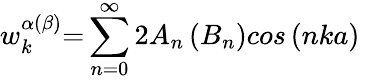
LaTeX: w_{k}^{\alpha\left(\beta\right)}{=}\sum_{n{=0}}^{{\infty}}{{2}A_{n}\left(B_{n}\right){cos\left(nka\right)\ }}